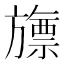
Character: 旚